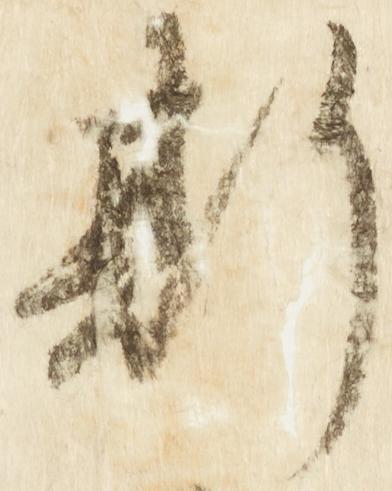
斯